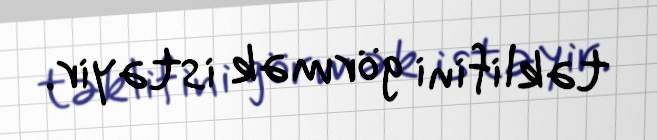
təklifini görmək istəyir.